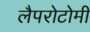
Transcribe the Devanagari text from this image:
लैपरोटोमी